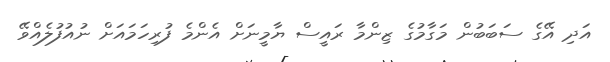
އަދި އޭގެ ސަބަބުން މަގާމުގެ ޒިންމާ ރައީސް ޔާމީނަށް އެންމެ ފުރިހަމައަށް ނުއުފުލެއްވޭ